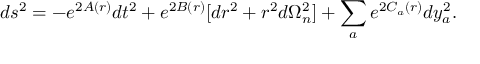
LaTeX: d s ^ { 2 } = - e ^ { 2 A ( r ) } d t ^ { 2 } + e ^ { 2 B ( r ) } [ d r ^ { 2 } + r ^ { 2 } d \Omega _ { n } ^ { 2 } ] + \sum _ { a } e ^ { 2 C _ { a } ( r ) } d y _ { a } ^ { 2 } .